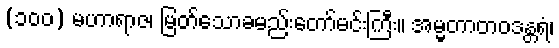
(၁၀၀) မဟာရာဇ၊ မြတ်သောခမည်းတော်မင်းကြီး။ အမ္မတာတဝဒန္တရံ၊